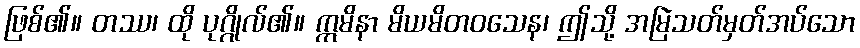
ဖြစ်၏။ တဿ၊ ထို ပုဂ္ဂိုလ်၏။ ဣမိနာ မိယမိတဝသေန၊ ဤသို့ အမြဲသတ်မှတ်အပ်သော